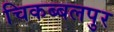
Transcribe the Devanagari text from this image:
चिकब्बलपुर